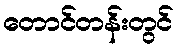
တောင်တန်းတွင်